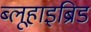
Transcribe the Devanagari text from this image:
ब्लूहाइब्रिड